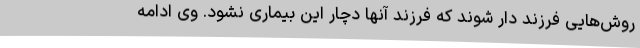
روش‌هایی فرزند دار شوند که فرزند آنها دچار این بیماری نشود. وی ادامه